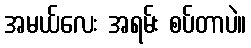
အမယ်လေး အရမ်း စပ်တာပဲ။